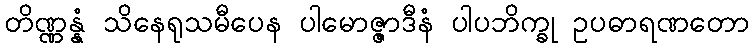
တိဏ္ဏန္နံ သိနေရုသမီပေန ပါမောဇ္ဇာဒီနံ ပါပဘိက္ခု ဥပဓာရဏတော